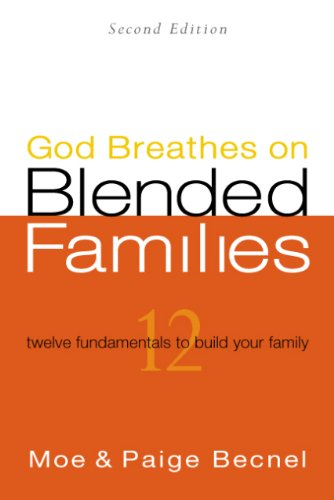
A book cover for God Breathes on Blended Families (Second Edition); Moe and Paige Becnel; Parenting & Relationships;